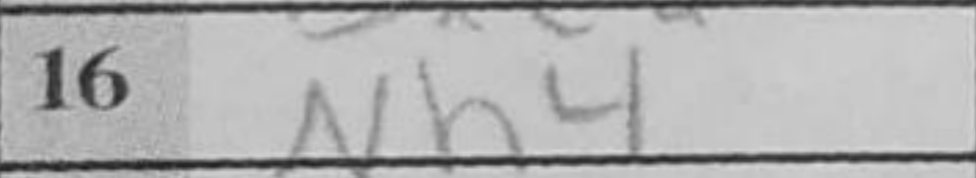
Transcription: Nh4